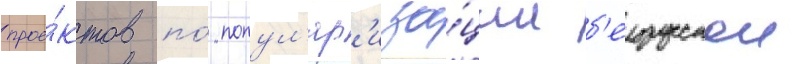
прое́ктов по́ попул'яр'иза́ции б'елорусскои